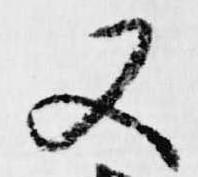
又